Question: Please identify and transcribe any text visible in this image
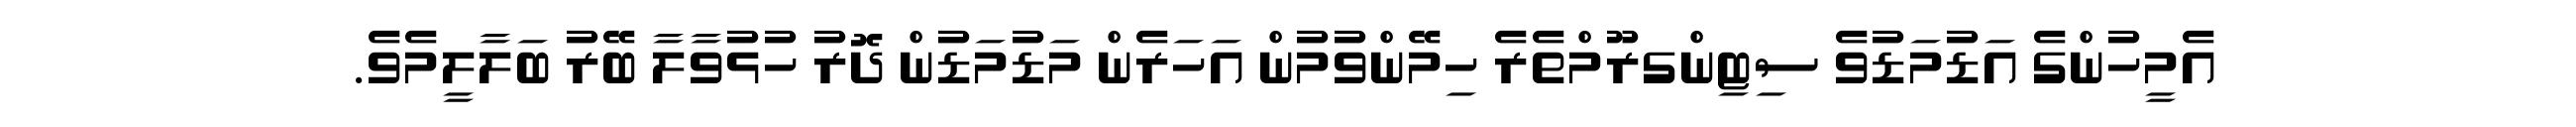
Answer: އެމީހުންގެ އަޑުމަޑުވެ ސިޓިންގރޫމްތެރެ ހިމޭންވުމުން އަހަރެން މަޑުމަޑުން ދޮރު ހުޅުވާލާ ބޭރު ބަލާލީމެވެ.